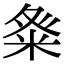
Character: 𮇓